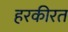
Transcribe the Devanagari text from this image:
हरकीरत